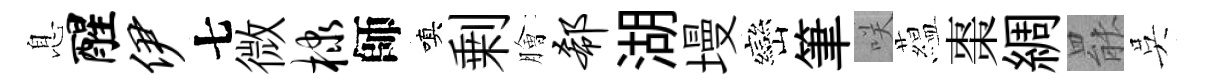
息醒伊七微棣師嗔剰膾欷湖墁巒筆咲藴棗綢罷吳